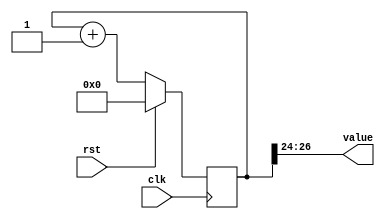
/*
   This file was generated automatically by the Mojo IDE version B1.3.6.
   Do not edit this file directly. Instead edit the original Lucid source.
   This is a temporary file and any changes made to it will be destroyed.
*/

/*
   Parameters:
     SIZE = 3
     DIV = 24
     TOP = 0
     UP = 1
*/
module counter_2 (
    input clk,
    input rst,
    output reg [2:0] value
  );
  
  localparam SIZE = 2'h3;
  localparam DIV = 5'h18;
  localparam TOP = 1'h0;
  localparam UP = 1'h1;
  
  
  reg [26:0] M_ctr_d, M_ctr_q = 1'h0;
  
  localparam MAX_VALUE = 25'h0ffffff;
  
  always @* begin
    M_ctr_d = M_ctr_q;
    
    value = M_ctr_q[24+2-:3];
    if (1'h1) begin
      M_ctr_d = M_ctr_q + 1'h1;
      if (1'h0 && M_ctr_q == 25'h0ffffff) begin
        M_ctr_d = 1'h0;
      end
    end else begin
      M_ctr_d = M_ctr_q - 1'h1;
      if (1'h0 && M_ctr_q == 1'h0) begin
        M_ctr_d = 25'h0ffffff;
      end
    end
  end
  
  always @(posedge clk) begin
    if (rst == 1'b1) begin
      M_ctr_q <= 1'h0;
    end else begin
      M_ctr_q <= M_ctr_d;
    end
  end
  
endmodule